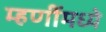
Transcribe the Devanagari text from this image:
म्हणींमध्ये